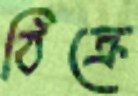
ঠিক্‌রে